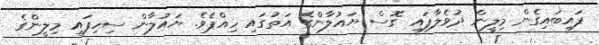
ފައިބައިގެން މިލީން ދުވެލާފައި ގޮސް ޔައުލާންގެ އަތުގައި ހިއްޕެވެ. ޔައުލާން ސިހިފައި މިލީންގެ